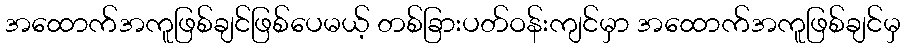
အထောက်အကူဖြစ်ချင်ဖြစ်ပေမယ့် တစ်ခြားပတ်ဝန်းကျင်မှာ အထောက်အကူဖြစ်ချင်မှ